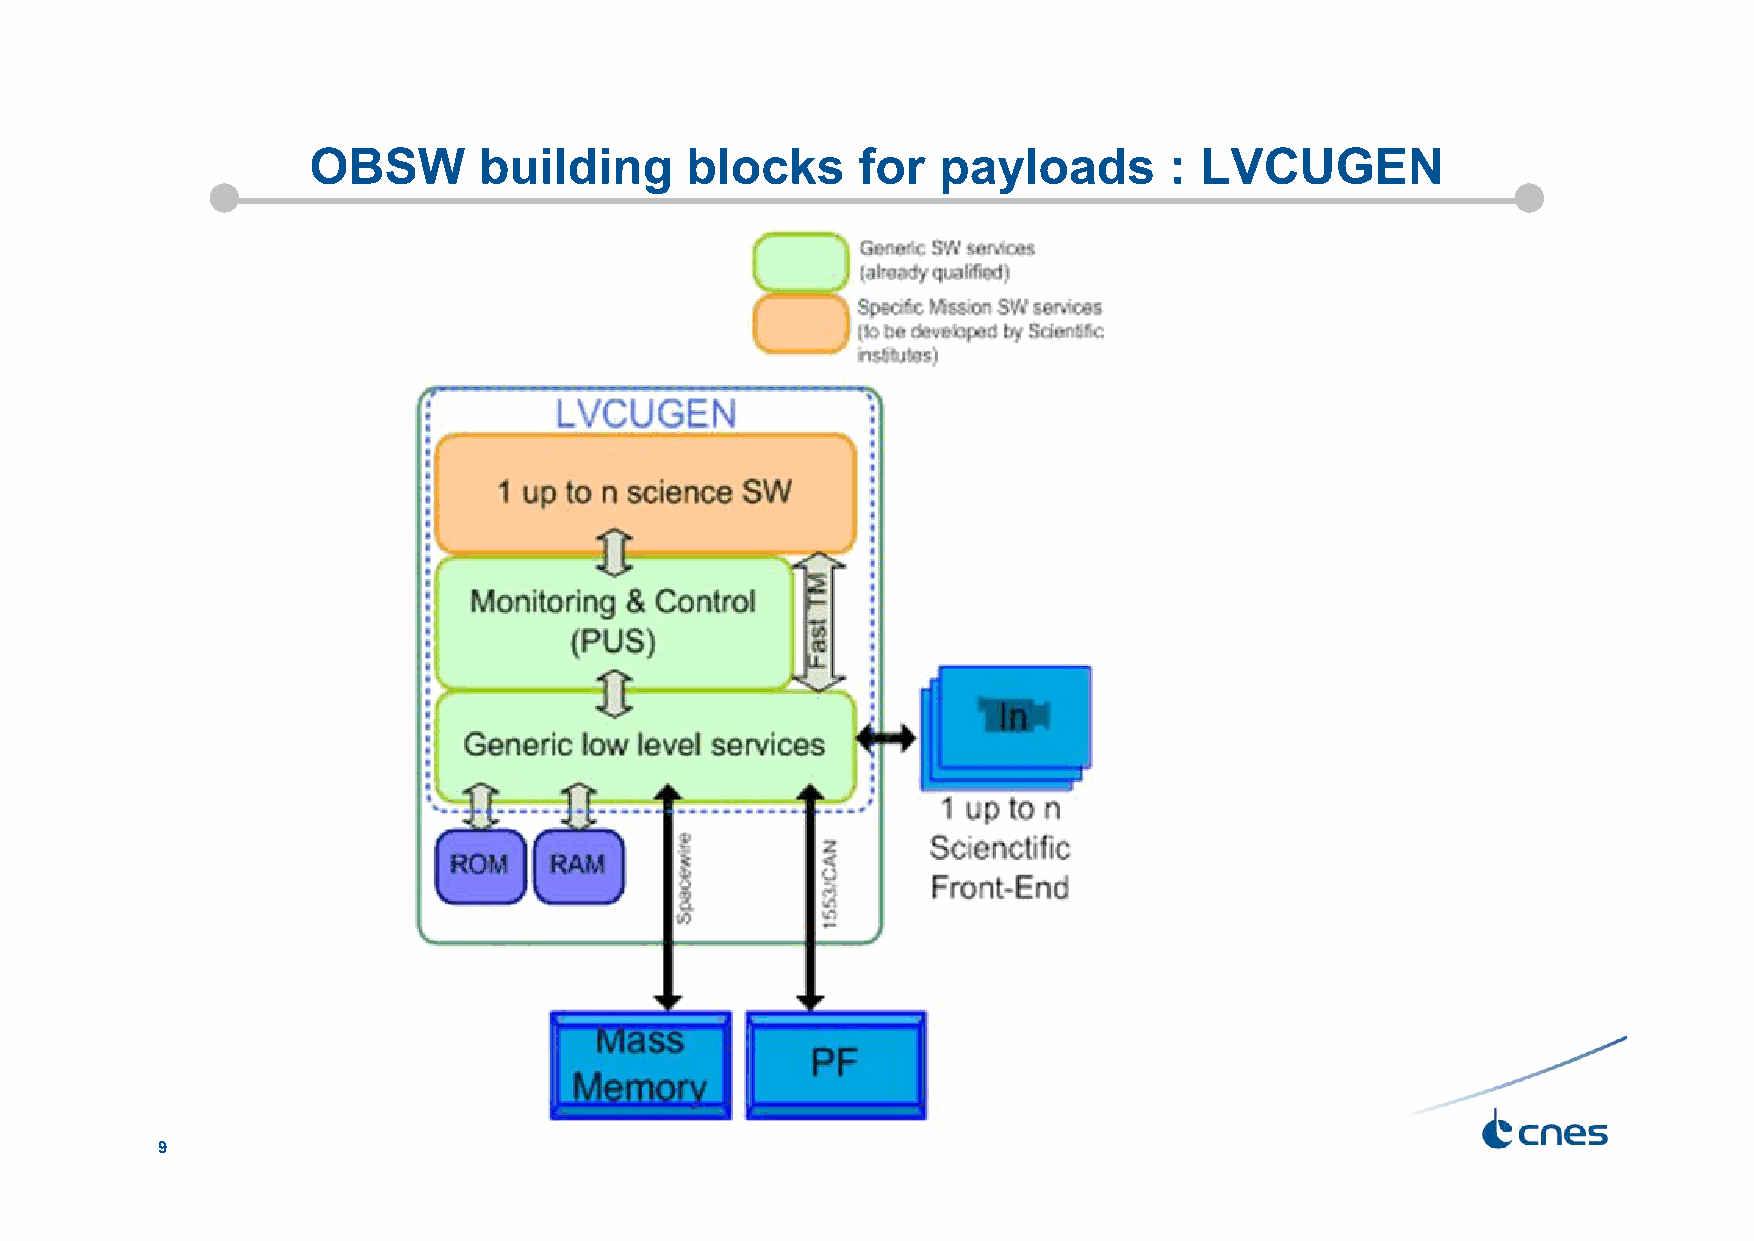
OBSW        building     blocks      for  payloads       : LVCUGEN
 9